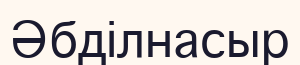
Әбділнасыр